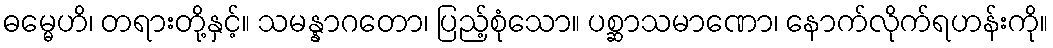
ဓမ္မေဟိ၊ တရားတို့နှင့်။ သမန္နာဂတော၊ ပြည့်စုံသော။ ပစ္ဆာသမာဏော၊ နောက်လိုက်ရဟန်းကို။